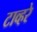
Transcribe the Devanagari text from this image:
टाव्हरे